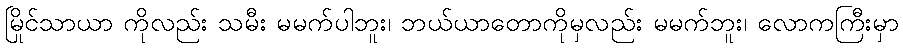
မြိုင်သာယာ ကိုလည်း သမီး မမက်ပါဘူး၊ ဘယ်ယာတောကိုမှလည်း မမက်ဘူး၊ လောကကြီးမှာ